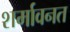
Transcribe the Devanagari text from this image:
शर्मावनत